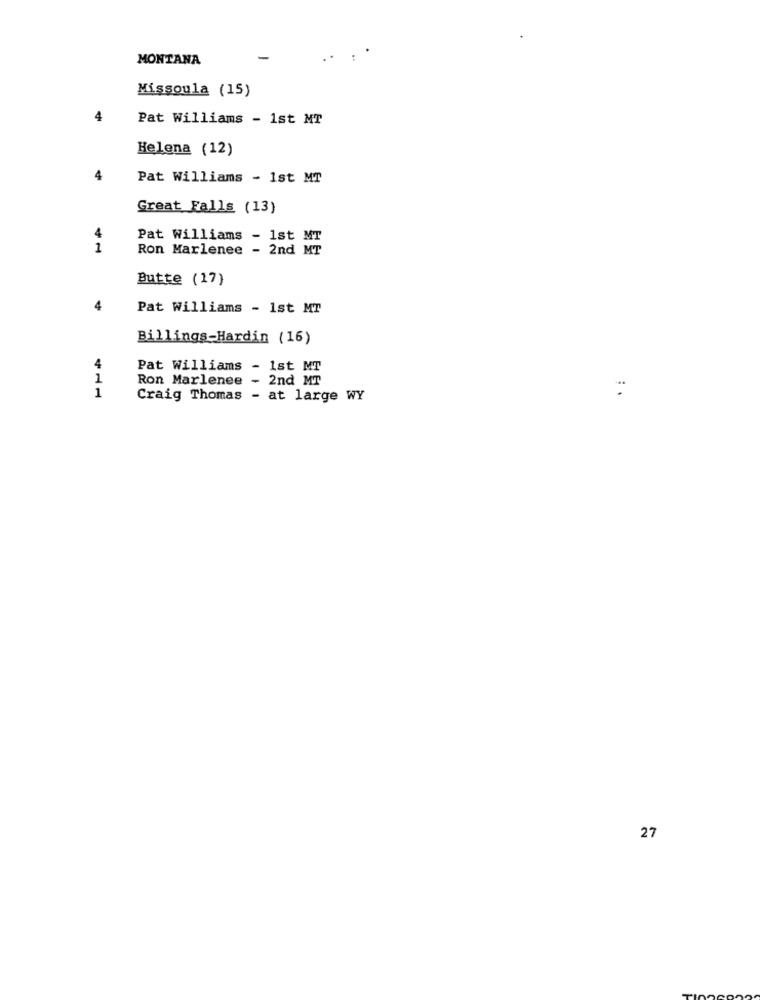
MONTANA
Missoula (15)
Pat Williams - 1st MT
Helena (12)
Pat Williams - 1st MT
Great Falls (13)
Pat Williams - 1st MT
41
Ron Marlenee - 2nd MT
Butte (17)
4
Pat Williams - 1st MT
Billings-Hardin (16)
4
Pat Williams - 1st MT
1
Ron Marlenee - 2nd MT
1
Craig Thomas - at large WY
27